65_HS1-834228961_62-HQ-83894_Section_9
Agency: FBI
Page 268
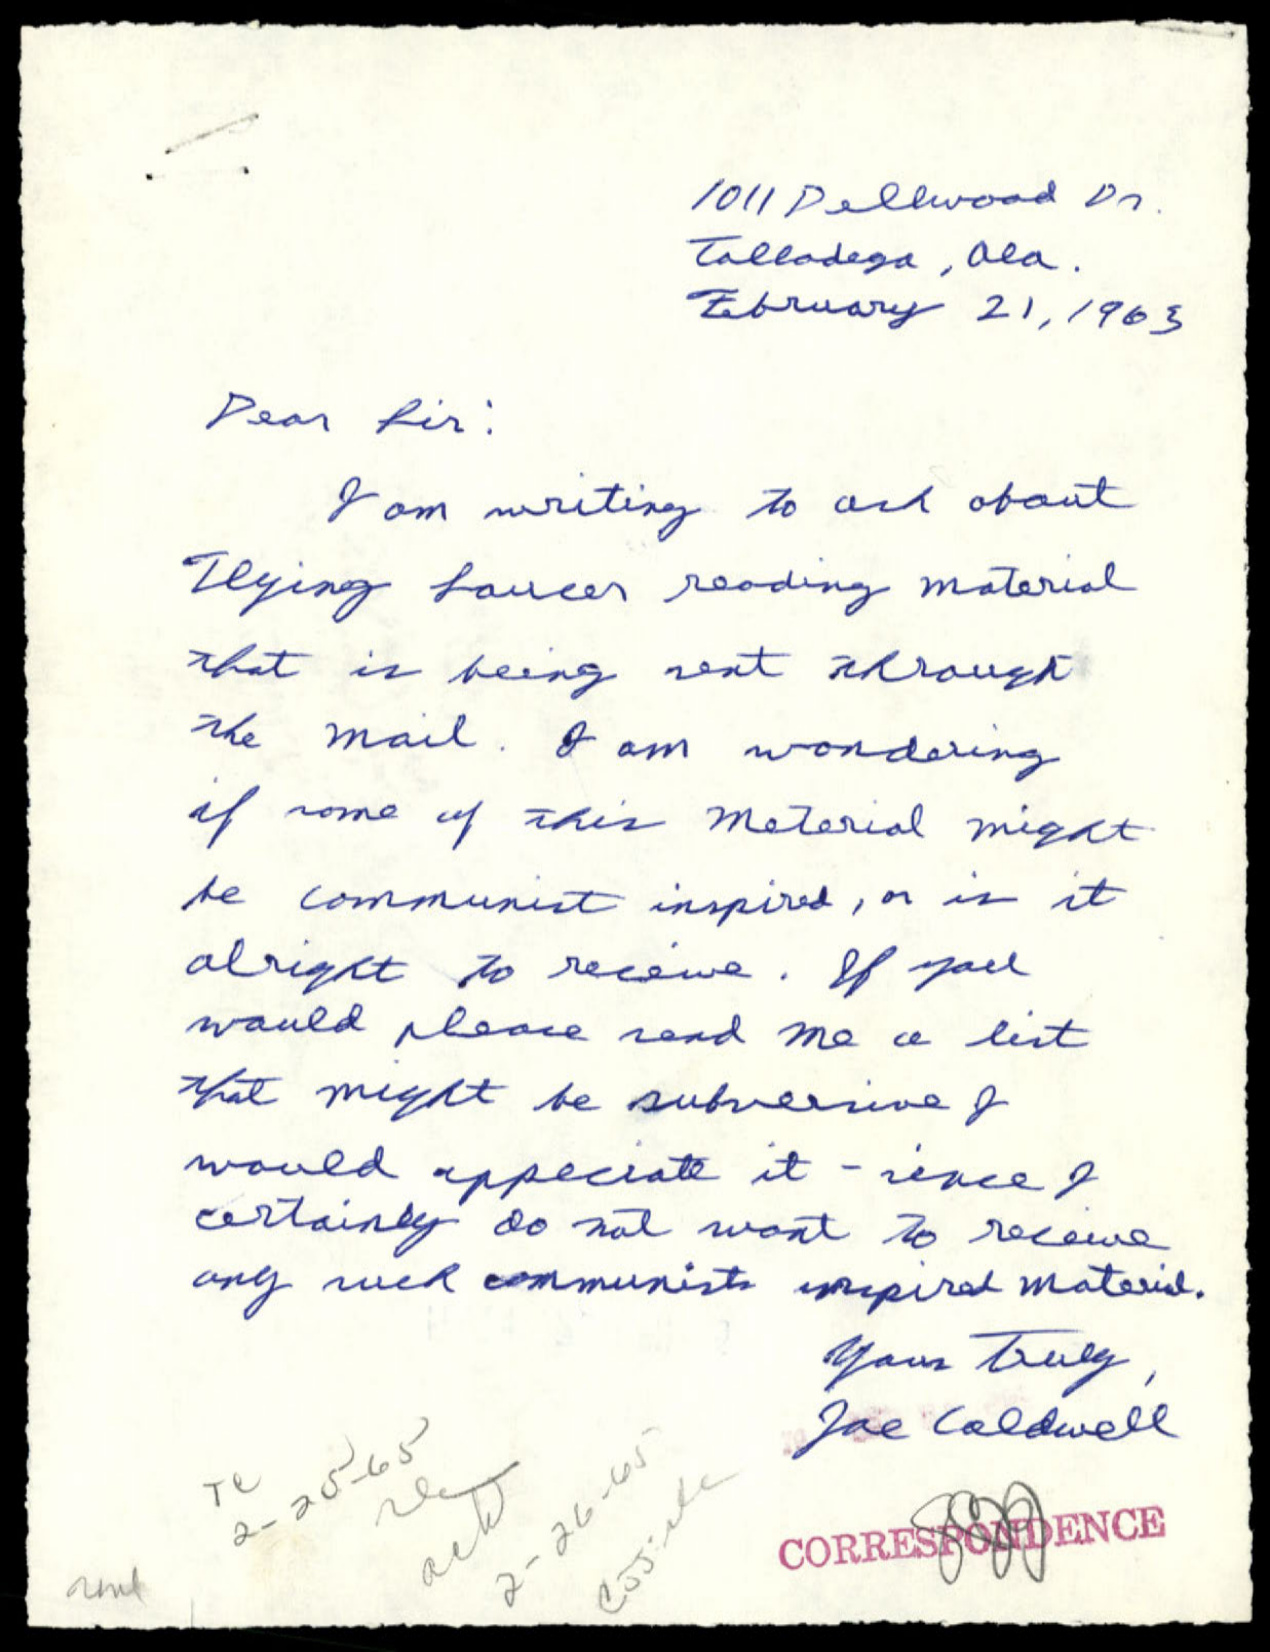